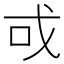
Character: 戓